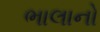
ભાલાનો